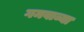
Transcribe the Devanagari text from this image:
गमवाव्या